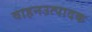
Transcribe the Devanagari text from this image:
वाहनउत्पादक